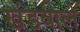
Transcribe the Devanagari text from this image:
खंडवाले